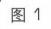
图1